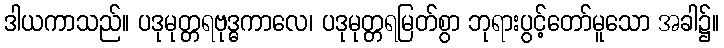
ဒါယကာသည်။ ပဒုမုတ္တရဗုဒ္ဓကာလေ၊ ပဒုမုတ္တရမြတ်စွာ ဘုရားပွင့်တော်မူသော အခါ၌။